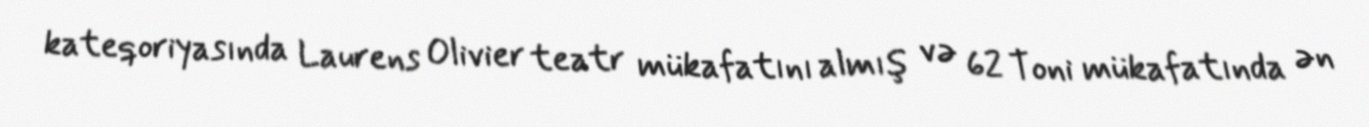
kateqoriyasında Laurens Olivier teatr mükafatını almış və 62 Toni mükafatında ən